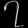
Digit: ၇